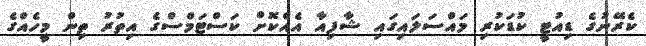
ކެރޭނުގެ ޑިއުޓީ ކުޑަކުރި މައްސަލައިގައި ޝާފިއާ އެއްކޮށް ކަސްޓަމްސްގެ އިތުރު ތިން މީހެއްގެ